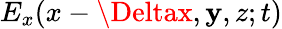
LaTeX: E_{x}(x-\Deltax,\mathbf{y},z;t)